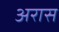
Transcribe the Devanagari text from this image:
अरास